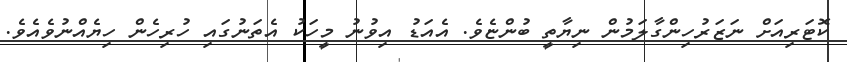
ކޮޓަރިއަށް ނަޒަރުހިންގާލަމުން ނިޔާތީ ބުންޏެވެ. އެއަޑު އިވުނު މީހަކު އެތަނުގައި ހުރިހެން ހިޔެއްނުވެއެވެ.